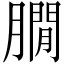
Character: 𦠥